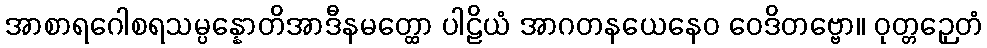
အာစာရဂေါစရသမ္ပန္နောတိအာဒီနမတ္ထော ပါဠိယံ အာဂတနယေနေဝ ဝေဒိတဗ္ဗော။ ဝုတ္တဉှေတံ